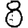
Digit: 8